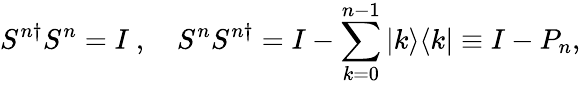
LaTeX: S^{n\dagger}S^{n}=I\ ,\quad S^{n}S^{n\dagger}=I-\sum_{k=0}^{n-1}|k\rangle\langle k|\equiv I-P_{n},